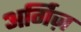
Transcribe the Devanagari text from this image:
अर्गिज़